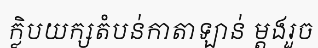
ក្លិបយក្សតំបន់កាតាឡាន់ ម្តងរួច